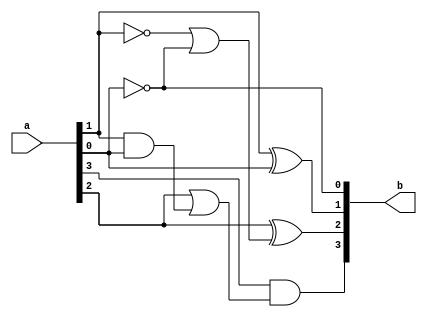
module excess_3_to_bcd(b, a);
	input [3:0] a;
	output [3:0] b;
	assign b[0] = ~a[0];
	xor(b[1], a[1], a[0]);
	xor(b[2], a[2], (~a[1] | ~a[0]));
	and(b[3], a[3], (a[2] | (a[1] & a[0])));
endmodule

module excess3_stimulus;
	reg [3:0] a;
	wire [3:0] b;
	excess_3_to_bcd excess1(b, a);
	initial
	begin
	    a = 4'b0011;
	#50 a = 4'b0100;
	#50 a = 4'b0101;
	#50 a = 4'b0110;
	#50 a = 4'b0111;
	#50 a = 4'b1000;
	#50 a = 4'b1001;
	#50 a = 4'b1010;
	#50 a = 4'b1011;
	#50 a = 4'b1100;
	#200 $finish;
	end
endmodule